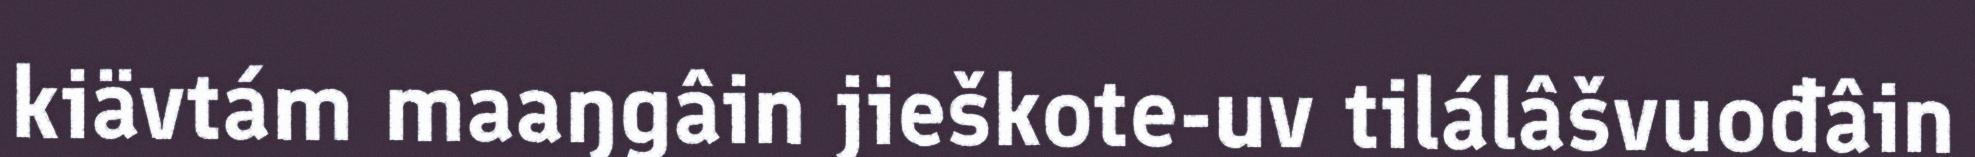
kiävtám maaŋgâin jieškote-uv tilálâšvuođâin